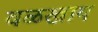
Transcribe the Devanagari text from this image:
वळखाय